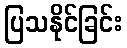
ပြသနိုင်ခြင်း